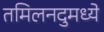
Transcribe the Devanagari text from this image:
तमिलनदुमध्ये